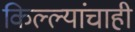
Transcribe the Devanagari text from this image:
किल्ल्यांचाही